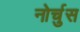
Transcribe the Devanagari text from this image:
नोर्चुस